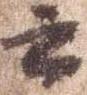
云